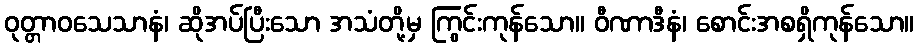
ဝုတ္တာဝသေသာနံ၊ ဆိုအပ်ပြီးသော အသံတို့မှ ကြွင်းကုန်သော။ ဝီဏာဒီနံ၊ စောင်းအစရှိကုန်သော။